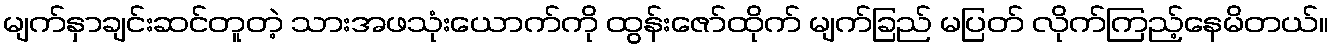
မျက်နှာချင်းဆင်တူတဲ့ သားအဖသုံးယောက်ကို ထွန်းဇော်ထိုက် မျက်ခြည် မပြတ် လိုက်ကြည့်နေမိတယ်။